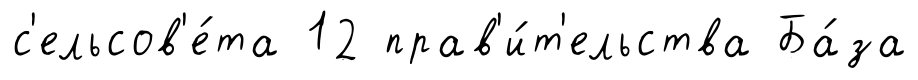
с'ельсов'е́та 12 прав'и́т'ельства Ба́за